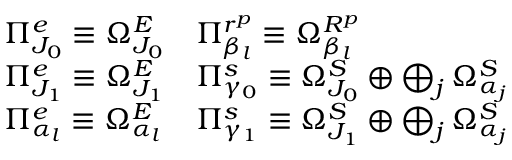
\begin{array} { l l } { { \Pi _ { J _ { 0 } } ^ { e } \equiv \Omega _ { J _ { 0 } } ^ { E } } } & { { \Pi _ { \beta _ { l } } ^ { r ^ { p } } \equiv \Omega _ { \beta _ { l } } ^ { R ^ { p } } } } \\ { { \Pi _ { J _ { 1 } } ^ { e } \equiv \Omega _ { J _ { 1 } } ^ { E } } } & { { \Pi _ { \gamma _ { 0 } } ^ { s } \equiv \Omega _ { J _ { 0 } } ^ { S } \oplus \bigoplus _ { j } \Omega _ { \alpha _ { j } } ^ { S } } } \\ { { \Pi _ { \alpha _ { l } } ^ { e } \equiv \Omega _ { \alpha _ { l } } ^ { E } } } & { { \Pi _ { \gamma _ { 1 } } ^ { s } \equiv \Omega _ { J _ { 1 } } ^ { S } \oplus \bigoplus _ { j } \Omega _ { \alpha _ { j } } ^ { S } } } \end{array}